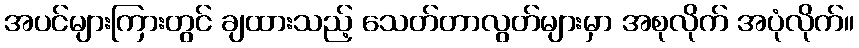
အပင်များကြားတွင် ချထားသည့် သေတ်တာလွတ်များမှာ အစုလိုက် အပုံလိုက်။